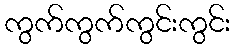
ကွက်ကွက်ကွင်းကွင်း